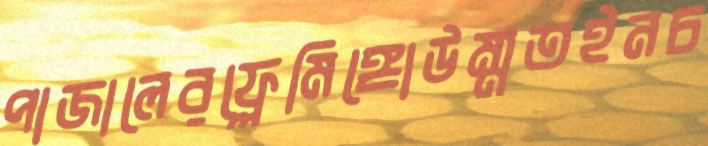
পাজালেরফ্লেমিঙ্গোউম্মতইনচ